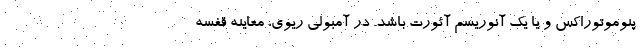
پنوموتوراکس و یا یک آنوریسم آئورت باشد. در آمبولی ریوی، معاینه قفسه